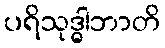
ပရိသုဒ္ဓါဘာတိ